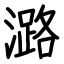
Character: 潞